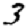
Digit: 3